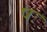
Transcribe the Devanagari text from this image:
षः